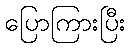
ပြောကြားပြီး